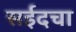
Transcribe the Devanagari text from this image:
सईदचा